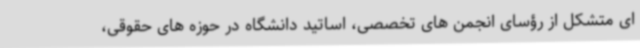
ای متشکل از رؤسای انجمن های تخصصی، اساتید دانشگاه در حوزه های حقوقی،